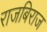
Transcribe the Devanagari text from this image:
राजबिराज